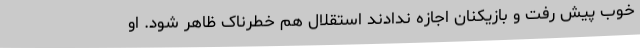
خوب پیش رفت و بازیکنان اجازه ندادند استقلال هم خطرناک ظاهر شود. او